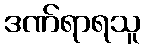
ဒဏ်ရာရသူ